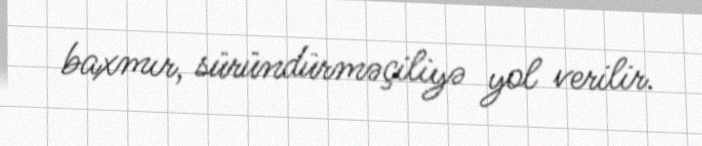
baxmır, süründürməçiliyə yol verilir.